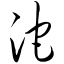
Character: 沱